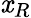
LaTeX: \mathit{x}_{R}